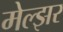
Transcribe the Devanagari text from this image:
मेल्झर